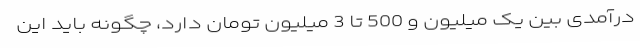
درآمدی بین یک میلیون و 500 تا 3 میلیون تومان دارد، چگونه باید این